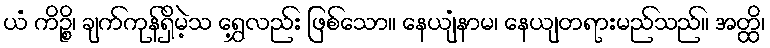
ယံ ကိဉ္စိ၊ ချက်ကုန်ရှိမဲ့သ ရွှေ့လည်း ဖြစ်သော။ နေယျံနာမ၊ နေယျတရားမည်သည်။ အတ္ထိ၊